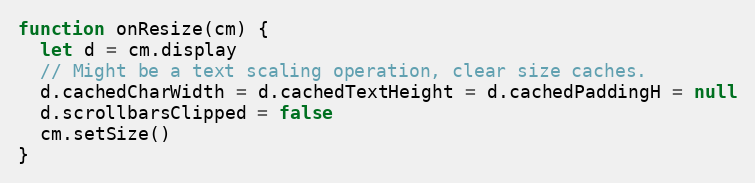
Language: JavaScript
function onResize(cm) {
  let d = cm.display
  // Might be a text scaling operation, clear size caches.
  d.cachedCharWidth = d.cachedTextHeight = d.cachedPaddingH = null
  d.scrollbarsClipped = false
  cm.setSize()
}